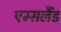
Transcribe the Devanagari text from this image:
एम्सलैंड